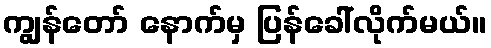
ကျွန်တော် နောက်မှ ပြန်ခေါ်လိုက်မယ်။